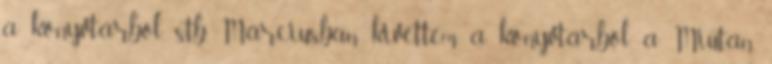
a könyvtárból, stb. Márciusban kivettem a könyvtárból a Miután